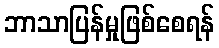
ဘာသာပြန်မှုဖြစ်စေရန်